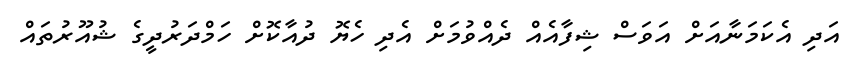
އަދި އެކަމަނާއަށް އަވަސް ޝިފާއެއް ދެއްވުމަށް އެދި ހެޔޮ ދުއާކޮށް ހަމްދަރުދީގެ ޝުއޫރުތައް